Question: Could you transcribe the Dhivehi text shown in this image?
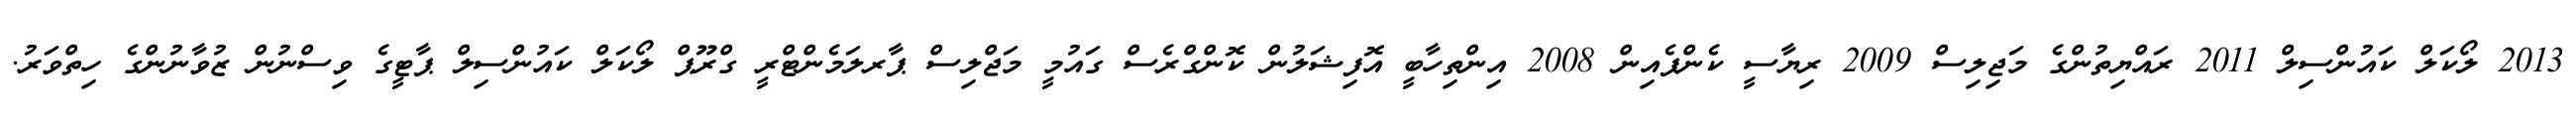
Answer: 2013 ލޯކަލް ކައުންސިލް 2011 ރައްޔިތުންގެ މަޖިލިސް 2009 ރިޔާސީ ކެންޕެއިން 2008 އިންތިހާބީ އޮފިޝަލުން ކޮންގްރެސް ގައުމީ މަޖްލިސް ޕާރލަމެންޓްރީ ގްރޫޕް ލޯކަލް ކައުންސިލް ޕާޓީގެ ވިސްނުން ޒުވާނުންގެ ހިތްވަރު.